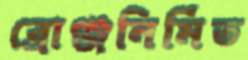
ব্রোঞ্জনির্মিত